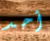
أحد